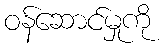
ဝန်ဆောင်မှုကို